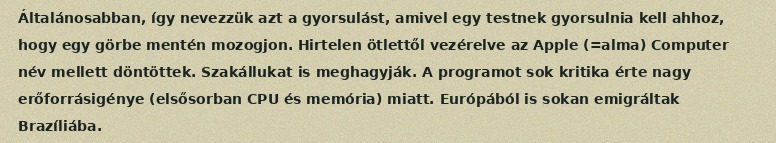
Általánosabban, így nevezzük azt a gyorsulást, amivel egy testnek gyorsulnia kell ahhoz, hogy egy görbe mentén mozogjon. Hirtelen ötlettől vezérelve az Apple (=alma) Computer név mellett döntöttek. Szakállukat is meghagyják. A programot sok kritika érte nagy erőforrásigénye (elsősorban CPU és memória) miatt. Európából is sokan emigráltak Brazíliába.